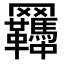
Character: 𦍊